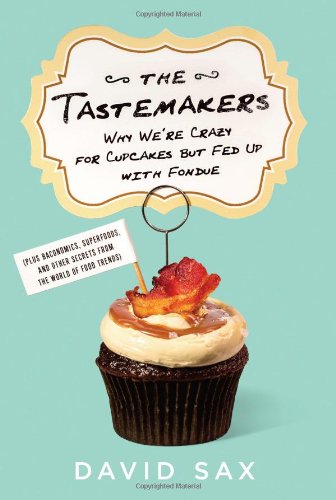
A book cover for The Tastemakers: Why We're Crazy for Cupcakes but Fed Up with Fondue; David Sax; Cookbooks, Food & Wine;